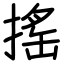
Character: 搖